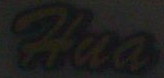
Hua